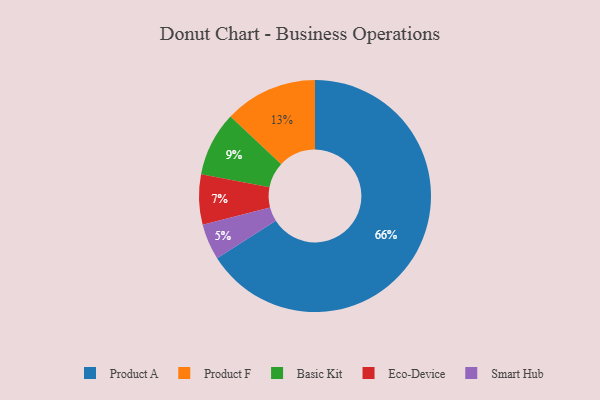
{"axis": {"x": "Category", "y": "Percentage"}, "legend": ["Basic Kit", "Eco-Device", "Product A", "Product F", "Smart Hub"], "data": [{"x": "Basic Kit", "y": 9, "type": "Basic Kit"}, {"x": "Product F", "y": 13, "type": "Product F"}, {"x": "Eco-Device", "y": 7, "type": "Eco-Device"}, {"x": "Smart Hub", "y": 5, "type": "Smart Hub"}, {"x": "Product A", "y": 66, "type": "Product A"}]}